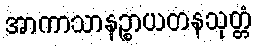
အာကာသာနဉ္စာယတနသုတ္တံ